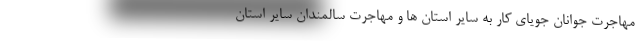
مهاجرت جوانان جویای کار به سایر استان ها و مهاجرت سالمندان سایر استان